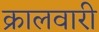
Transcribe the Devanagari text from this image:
क्रालवारी